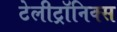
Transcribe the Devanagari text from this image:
टेलीट्रॉनिक्स